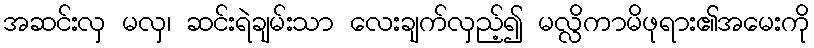
အဆင်းလှ မလှ၊ ဆင်းရဲချမ်းသာ လေးချက်လှည့်၍ မလ္လိကာမိဖုရား၏အမေးကို